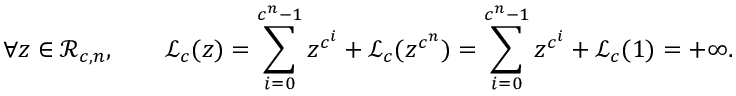
\forall z \in { \mathcal { R } } _ { c , n } , \qquad { \mathcal { L } } _ { c } ( z ) = \sum _ { i = 0 } ^ { c ^ { n } - 1 } z ^ { c ^ { i } } + { \mathcal { L } } _ { c } ( z ^ { c ^ { n } } ) = \sum _ { i = 0 } ^ { c ^ { n } - 1 } z ^ { c ^ { i } } + { \mathcal { L } } _ { c } ( 1 ) = + \infty .